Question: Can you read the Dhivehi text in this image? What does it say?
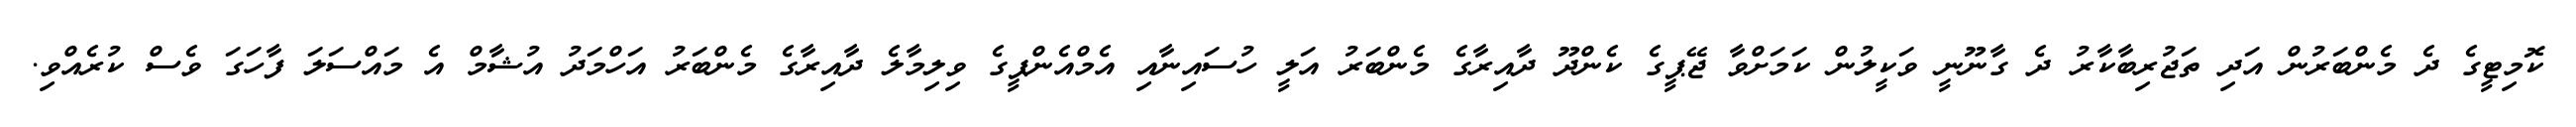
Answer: ކޮމިޓީގެ ދެ މެންބަރުން އަދި ތަޖުރިބާކާރު ދެ ގާނޫނީ ވަކީލުން ކަމަށްވާ ޖޭޕީގެ ކެންދޫ ދާއިރާގެ މެންބަރު އަލީ ހުސައިނާއި އެމްއެންޕީގެ ވިލިމާލެ ދާއިރާގެ މެންބަރު އަހްމަދު އުޝާމް އެ މައްސަލަ ފާހަގަ ވެސް ކުރެއްވި.